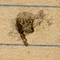
٢